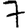
Digit: 7